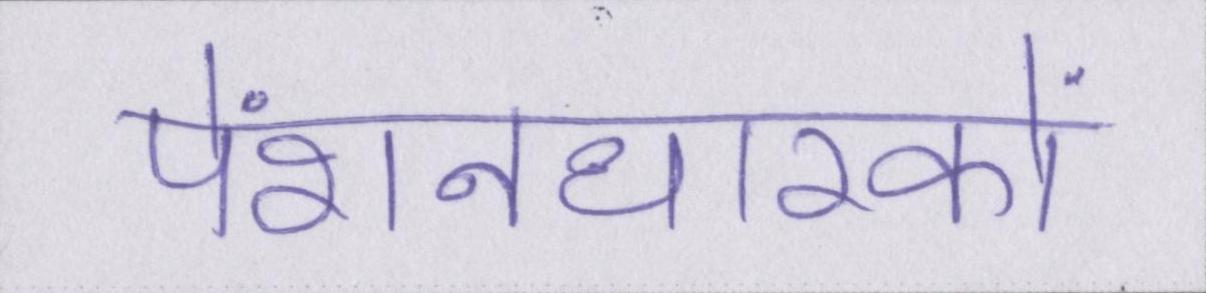
पेंशनधारकों